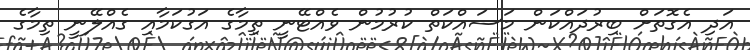
އަދި އެގޮތަށް ބިރުދައްކަން މަސައްކަތް ކުރުމުން ވެއްޓޭނީ ތިމާގެ އަގުކަމާއި ގެއްލޭނީ ތިމާގެ